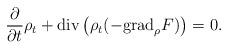
LaTeX: \begin{align*} \frac{\partial}{\partial t} \rho_t + {\rm div} \left(\rho_t (-{\rm grad}_{\rho}F) \right) = 0. \end{align*}